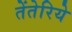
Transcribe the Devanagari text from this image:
तेंतेरिये